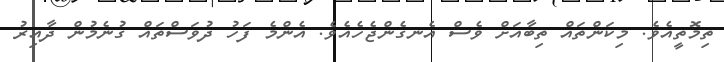
ތިމޮތީއެވެ. މިކަންތައް ތިބާއަށް ވެސް އެނގެންޖެހެއެވެ. އެންމެ ފަހު ދުވަސްތައް ގުނެމުން ދާއިރު